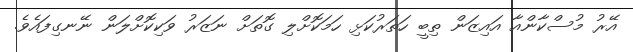
އޭރު މުސްކާންއާ އައިޒަން ތިބީ ހަތަރުކަޅި ހަމަކޮށްލި ގޮތަށް ނަޒަރު ވަކިކޮށްލަން ނޭނގިފައެވެ.